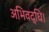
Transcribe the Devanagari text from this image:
अभिवद्धि।